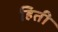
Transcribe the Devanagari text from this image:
हिती